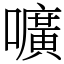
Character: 嚝